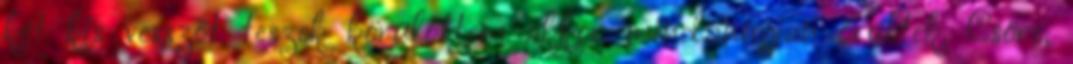
két kis vesszőt teszek körülöttem akkor mindannyian őrültek. Csöre,